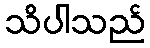
သိပါသည်